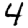
Digit: 4